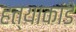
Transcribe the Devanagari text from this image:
हत्याकांडे